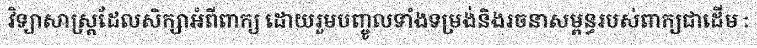
វិទ្យាសាស្ត្រដែលសិក្សាអំពីពាក្យ ដោយរួមបញ្ចូលទាំងទម្រង់និងរចនាសម្ពន្ធរបស់ពាក្យជាដើម :